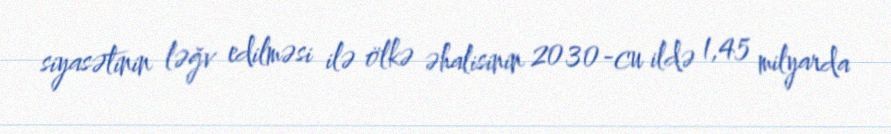
siyasətinin ləğv edilməsi ilə ölkə əhalisinin 2030-cu ildə 1,45 milyarda